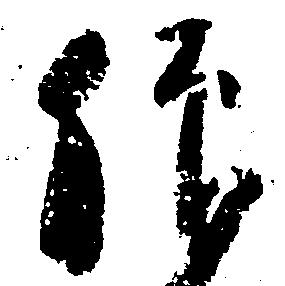
仰